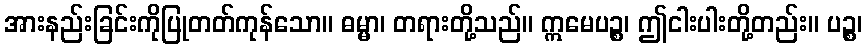
အားနည်းခြင်းကိုပြုတတ်ကုန်သော။ ဓမ္မာ၊ တရားတို့သည်။ ဣမေပဉ္စ၊ ဤငါးပါးတို့တည်း။ ပဉ္စ၊